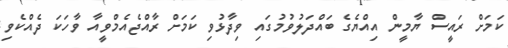
ކަމަށް ރައީސް ޔާމީން އިއްޔެގެ ބައްދަލުވުމުގައި ވިދާޅުވި ކަމަށް ރާއްޖެއެމްވީއާ ވާހަކަ ދެއްކެވި